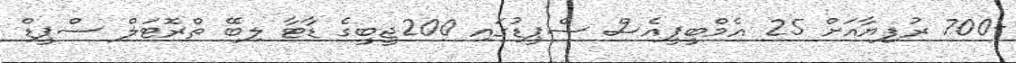
-700 ރުފިޔާއަށް 25 އެމްބީޕީއެސް ސްޕީޑުގައި 200ޖީބީގެ ޑާޓާ ލިބޭ ތްރޮޓަލް ސްޕީޑް